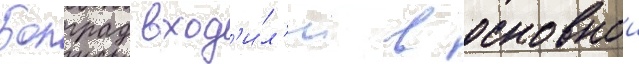
Болград вход'и́л'и в основнои